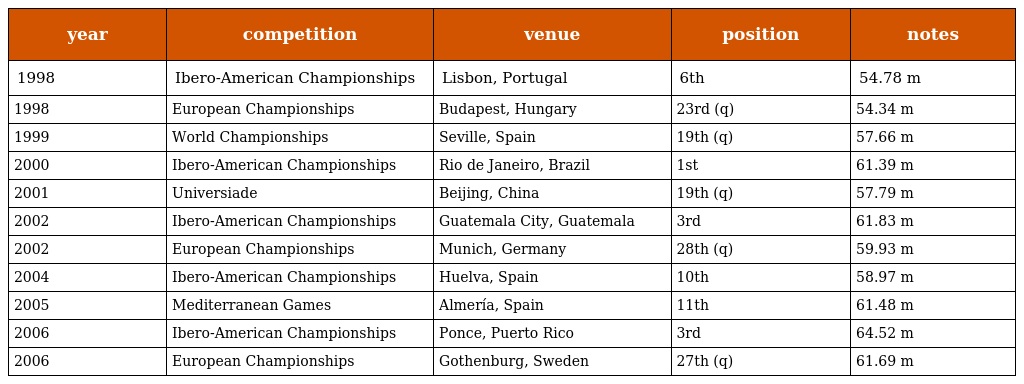
| year | competition | venue | position | notes |
 | --- | --- | --- | --- | --- |
 | 1998 | Ibero-American Championships | Lisbon, Portugal | 6th | 54.78 m |
 | 1998 | European Championships | Budapest, Hungary | 23rd (q) | 54.34 m |
 | 1999 | World Championships | Seville, Spain | 19th (q) | 57.66 m |
 | 2000 | Ibero-American Championships | Rio de Janeiro, Brazil | 1st | 61.39 m |
 | 2001 | Universiade | Beijing, China | 19th (q) | 57.79 m |
 | 2002 | Ibero-American Championships | Guatemala City, Guatemala | 3rd | 61.83 m |
 | 2002 | European Championships | Munich, Germany | 28th (q) | 59.93 m |
 | 2004 | Ibero-American Championships | Huelva, Spain | 10th | 58.97 m |
 | 2005 | Mediterranean Games | Almería, Spain | 11th | 61.48 m |
 | 2006 | Ibero-American Championships | Ponce, Puerto Rico | 3rd | 64.52 m |
 | 2006 | European Championships | Gothenburg, Sweden | 27th (q) | 61.69 m |